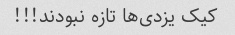
کیک یزدی‌ها تازه نبودند!!!